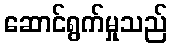
ဆောင်ရွက်မှုသည်